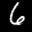
Label: 6